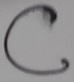
Text: C